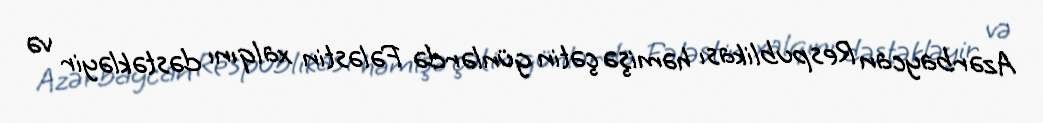
Azərbaycan Respublikası həmişə çətin günlərdə Fələstin xalqını dəstəkləyir və